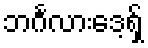
ဘင်္ဂလားဒေ့ရ်ှ